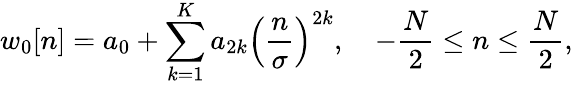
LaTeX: w_{0}[n]=a_{0}+\sum_{k=1}^{K}a_{2k}\left({\frac{n}{\sigma}}\right)^{2k},\quad-{\frac{N}{2}}\leq n\leq{\frac{N}{2}},